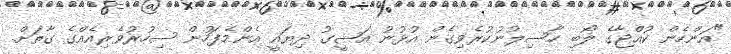
"އަންހެން ކުއްޖާގެ ލޯބި ހާސިލުނުކުރެވިގެން އުޅުނު އަޝީގު ދިޔައީ އެންމެފަހުން ސިހުރުވެރިއެއްގެ ގާތަށް.